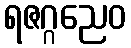
ရဇဂ္ဂညေဝ